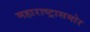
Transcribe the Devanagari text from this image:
महाराष्ट्रासमोर